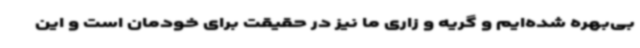
بی‌بهره شده‌ایم و گریه و زاری ما نیز در حقیقت برای خودمان است و این